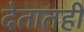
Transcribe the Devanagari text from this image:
देतातही